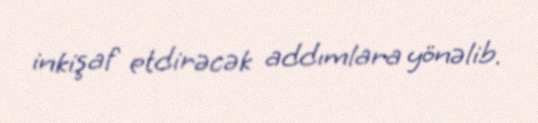
inkişaf etdirəcək addımlara yönəlib.